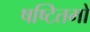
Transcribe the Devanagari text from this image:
षष्टितमो